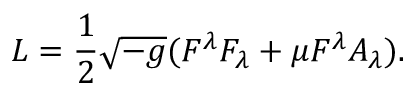
{ \cal L } = { \frac { 1 } { 2 } } \sqrt { - g } ( F ^ { \lambda } F _ { \lambda } + \mu F ^ { \lambda } A _ { \lambda } ) .